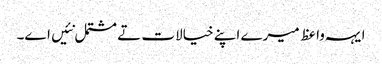
ایہہ واعظ میرے اپنے خیالات تے مشتمل نئیں اے۔